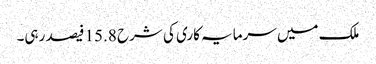
ملک میں سرمایہ کاری کی شرح 15.8 فیصد رہی۔